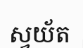
ស្វយ័ត